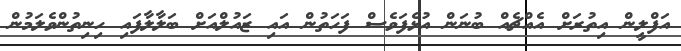
އަފްލީން އިތުރަށް އެއްޗެއް ބުނަން އުޅެފަވެސް ފަހަތުން އައި ޒައުލްއަށް ބަލާލާފައި ހިނިތުންވެލަމުން